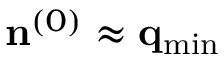
{ \bf n } ^ { ( 0 ) } \approx { \bf q } _ { \mathrm { m i n } }